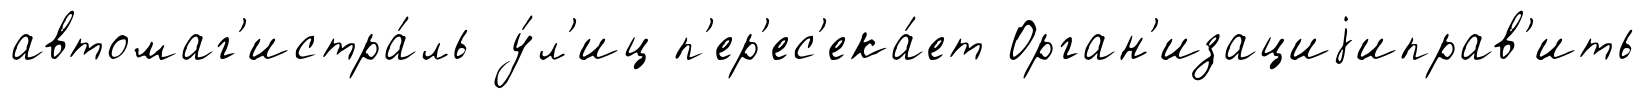
автомаг'истра́ль у́л'иц п'ер'ес'ека́ет Орган'изациjиправ'ить